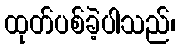
ထုတ်ပစ်ခဲ့ပါသည်၊